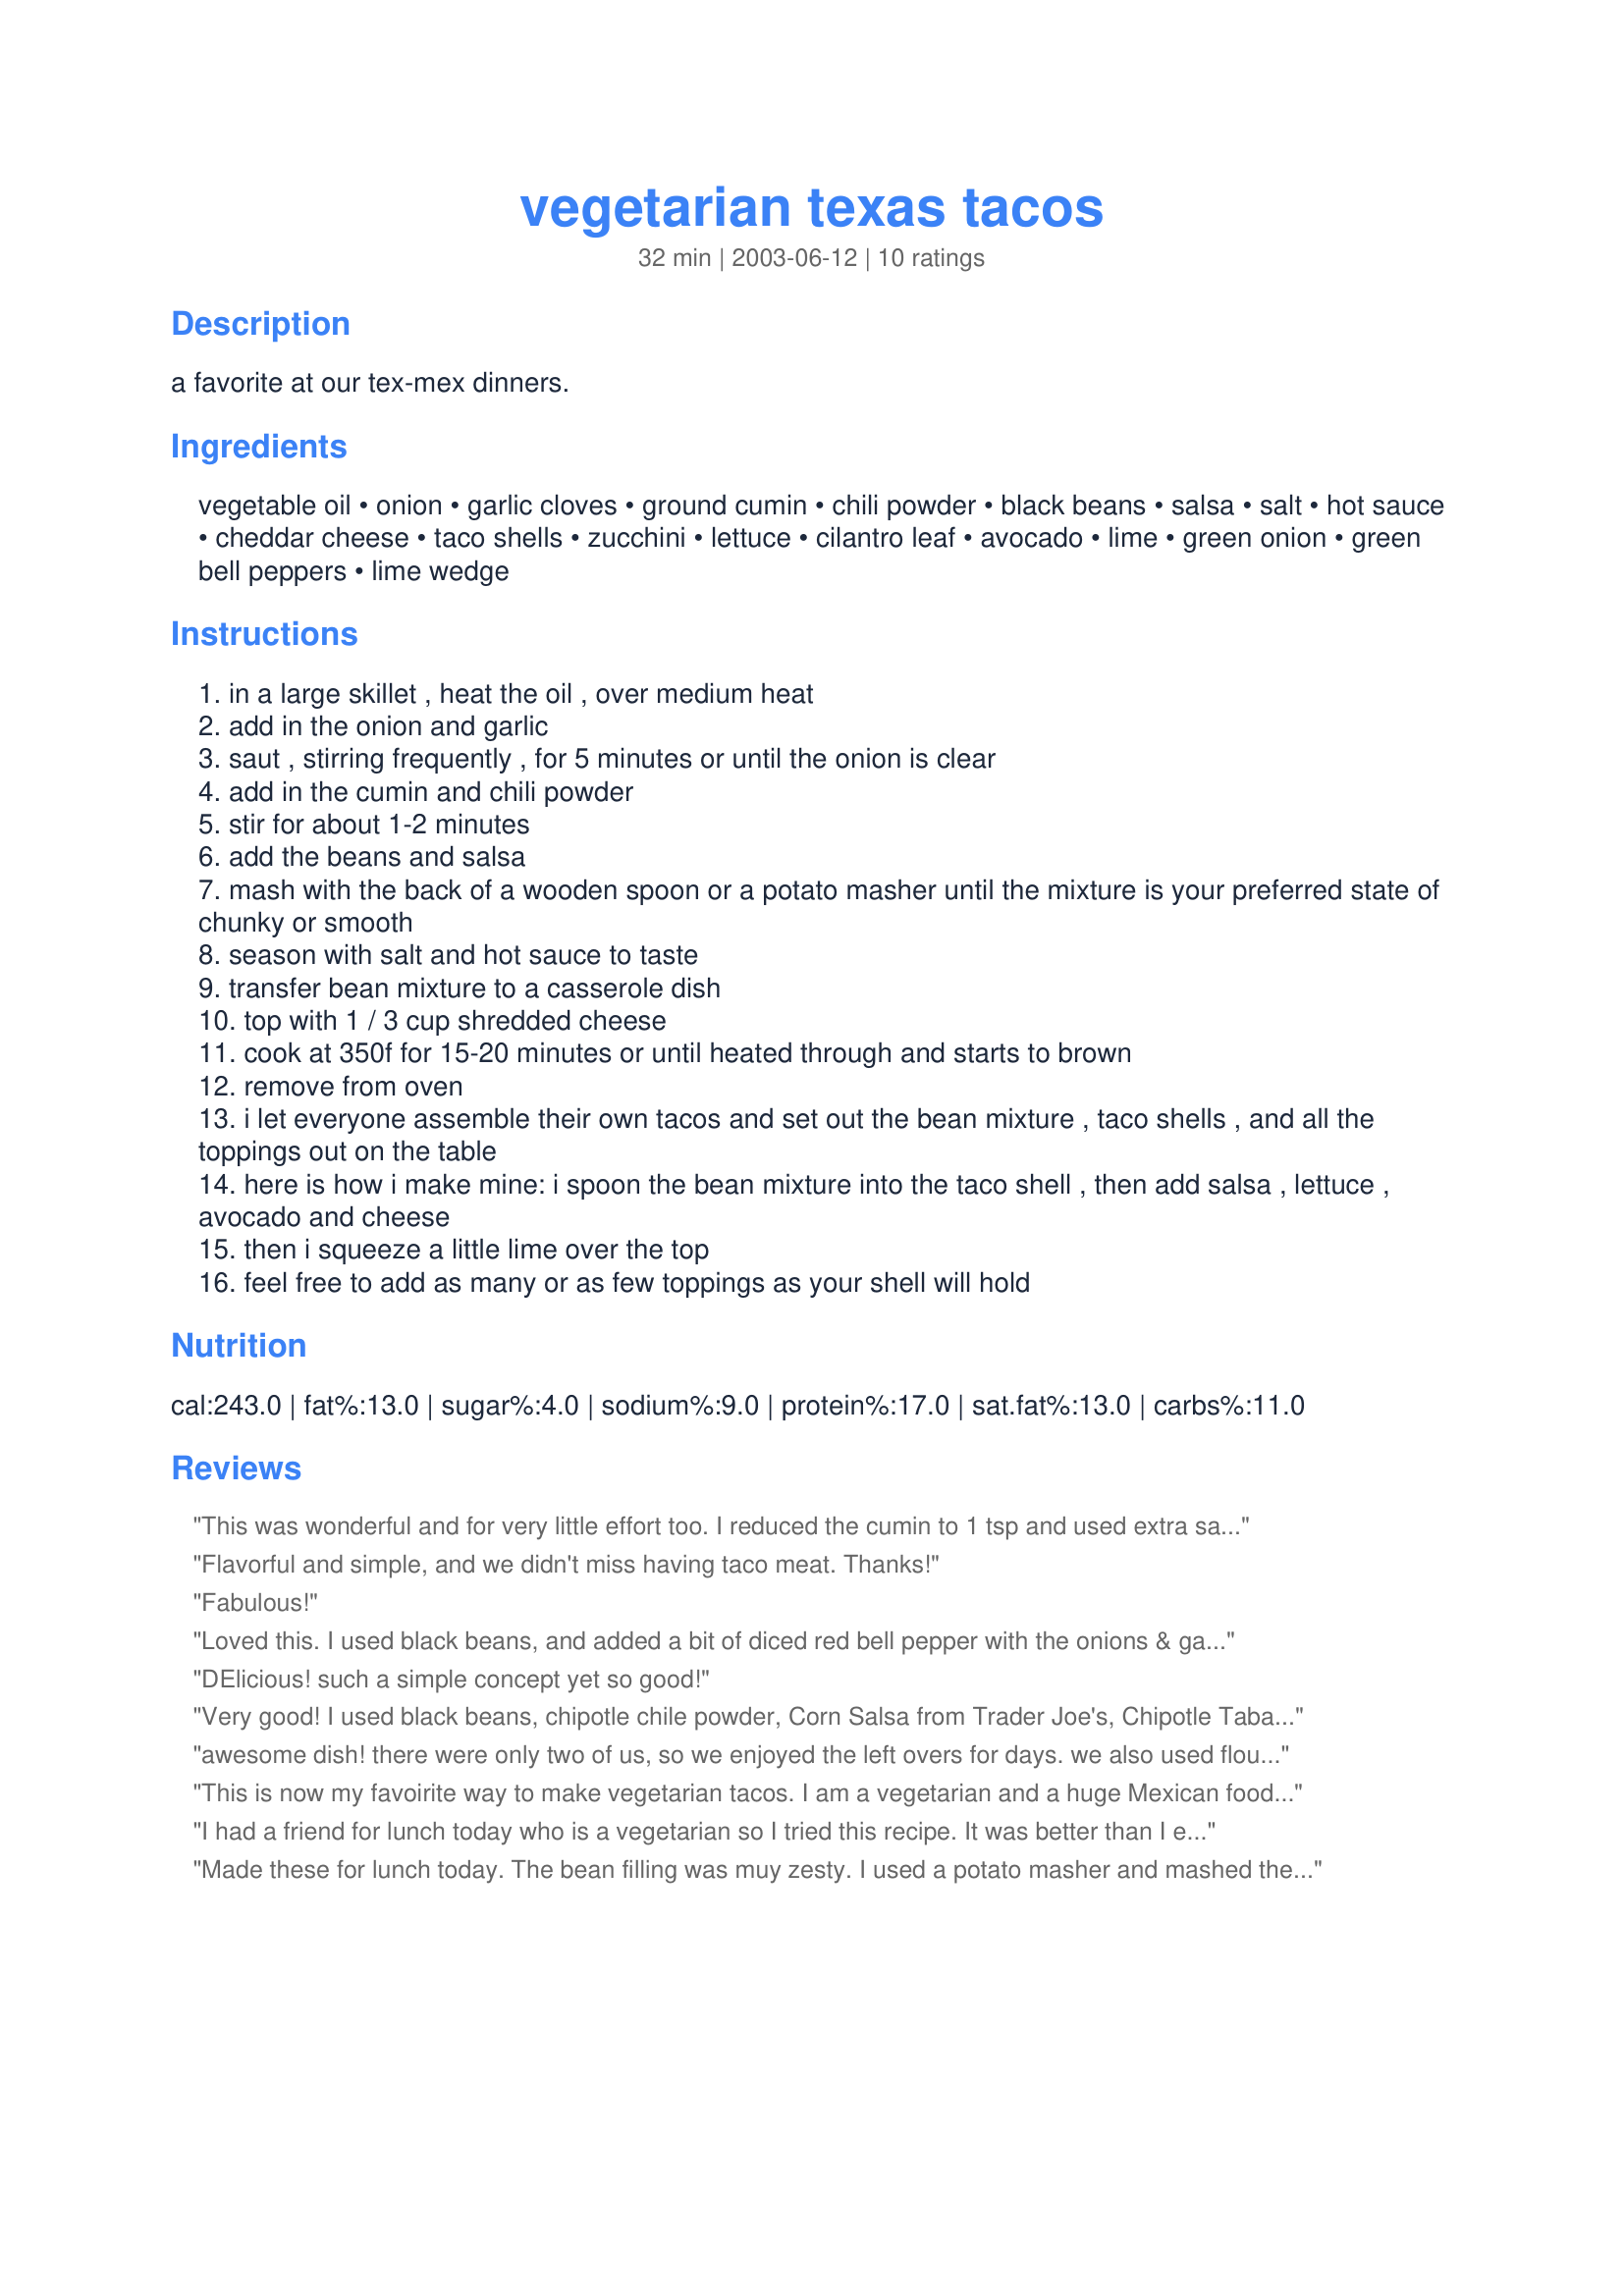
vegetarian texas tacos
Preparation time: 32 minutes

a favorite at our tex-mex dinners.

Ingredients:
vegetable oil, onion, garlic cloves, ground cumin, chili powder, black beans, salsa, salt, hot sauce, cheddar cheese, taco shells, zucchini, lettuce, cilantro leaf, avocado, lime, green onion, green bell peppers, lime wedge

Steps:
in a large skillet , heat the oil , over medium heat
add in the onion and garlic
saut , stirring frequently , for 5 minutes or until the onion is clear
add in the cumin and chili powder
stir for about 1-2 minutes
add the beans and salsa
mash with the back of a wooden spoon or a potato masher until the mixture is your preferred state of chunky or smooth
season with salt and hot sauce to taste
transfer bean mixture to a casserole dish
top with 1 / 3 cup shredded cheese
cook at 350f for 15-20 minutes or until heated through and starts to brown
remove from oven
i let everyone assemble their own tacos and set out the bean mixture , taco shells , and all the toppings out on the table
here is how i make mine: i spoon the bean mixture into the taco shell , then add salsa , lettuce , avocado and cheese
then i squeeze a little lime over the top
feel free to add as many or as few toppings as your shell will hold

Reviews:
This was wonderful and for very little effort too. I reduced the cumin to 1 tsp and used extra salsa. On the side I served chopped tomato, cilantro, cheese and lettuce. I had tortilla so I made them up as wraps. My family loved these. Thanks for the recipe.
Flavorful and simple, and we didn't miss having taco meat. Thanks!
Fabulous!
Loved this. I used black beans, and added a bit of diced red bell pepper with the onions & garlic. I mashed about half of the beans so it was still pretty chunky. I used a deep oven-safe skillet to saute the veggies, so I just popped it into the oven to bake. It got bubbly & delicious. We topped ours, using crunchy & soft tortilla shells, with Recipe #36401, more shredded cheese, hot sauce, sour cream and lettuce. This is full of flavor & just yummy! So easy too - dinner was on the table in 30 min. Next time, I want to try it using 1 can of black beans and 1 of pinto.
DElicious! such a simple concept yet so good!
Very good! I used black beans, chipotle chile powder, Corn Salsa from Trader Joe's, Chipotle Tabasco Sauce and flour tortillas... turned out yummy! This will go in our regular rotation, I plan on trying different combos too. Thanks!
awesome dish! there were only two of us, so we enjoyed the left overs for days. we also used flour tortilas for soft tacos. the bean mixture is more spicy as left overs as the salsa as been able to sit. very enjoyable, thanks.
This is now my favoirite way to make vegetarian tacos. I am a vegetarian and a huge Mexican food fan. I made this for a get together today and also made regular meat taco filling for the meat eaters. The meat eaters loved the vegetarian filling! They were spicy and tasty. I liked that you could create the consistency you wanted and baking it in the oven with cheese topping really made it special. Thank you for posting this recipe!
I had a friend for lunch today who is a vegetarian so I tried this recipe. It was better than I even expected.
I used just about everything except the peppers, in smaller quantities since it was for two.
I mixed black beans and pinto beans and, as an additional topping, stripped an ear of fresh corn and pan roasted it with a little onion and olive oil. An extra step but well worth it.
The avocado was so good combined with the lime, green onions, iceberg lettuce, corn and cheese- we didn't even need the salsa to dress it up (especially since there was some in the bean mixture anyway).
I forgot the cilantro but I am sure that would have been nice too.
Loved it with the crunchy shells but next time I think I'll do my own shells because the little ones are so hard to stuff.
Anyway, awesome recipe. My friend was impressed and I can't wait to make it again. THANKS!
Made these for lunch today. The bean filling was muy zesty. I used a potato masher and mashed the beans until the consistency was mostly smooth. I left a few chunks in there. I also thought your idea of setting all the toppings out so everyone could make there own taco the way they liked it was good. My husband and father ate 4 tacos a piece. This one was a winner for us. Thanks Nurse Di.
